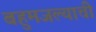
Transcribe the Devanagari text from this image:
बहुमजल्याची